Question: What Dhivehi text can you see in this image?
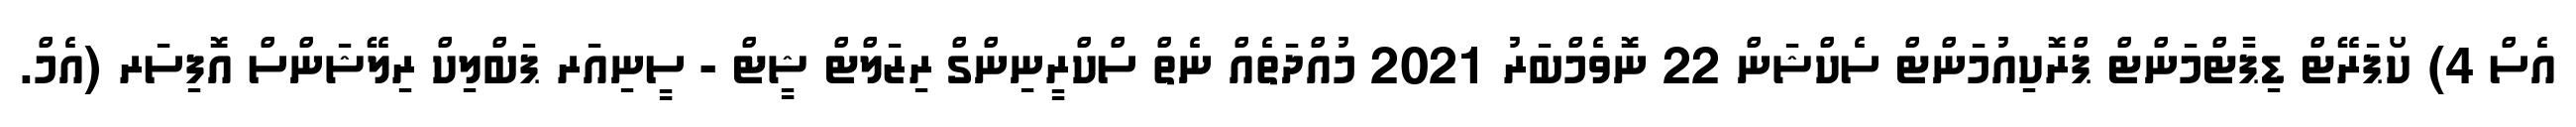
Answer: އެސް 4) ކޯޕަރޭޓް ޑިޕާޓްމަންޓް ޕްރޮކިއުމަންޓް ސެކްޝަން 22 ނޮވެމްބަރު 2021 މުއްދަތެއް ނެތް ސްކްރީނިންގް ރިޒަލްޓް ޝީޓް - ސީނިއަރ ޕަބްލިކް ރިލޭޝަންސް އޮފިސަރ (އެމް.